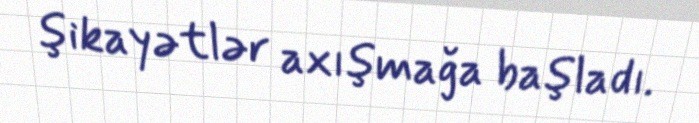
şikayətlər axışmağa başladı.